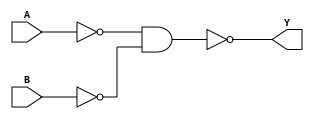
module OR(Y,A,B);
	input A,B;
	output Y;
	wire x,z;
	nand (x,A,A);
	nand (z,B,B);
	nand (Y,x,z);
endmodule

module HALF_ADDER(COUT,SUM,IN0,IN1);
	input IN0,IN1;
	output COUT,SUM;
	wire t1,t2,t3;
	nand(t1,IN0,IN1);
	nand(t2,t1,IN0);
	nand(t3,t1,IN1);
	nand(SUM,t2,t3);
	nand(COUT,t1,t1);
endmodule 

module FULL_ADDER(COUT,SUM,IN0,IN1,CIN);
	input IN0,IN1,CIN;
	output COUT,SUM;
	wire wc1,wc2,wsum;
	HALF_ADDER Half_Adder_1(wc,wsum,IN0,IN1);
	HALF_ADDER Half_Adder_2(wc2,SUM,wsum,CIN);
	OR or_1(COUT,wc,wc2);
endmodule

module ADDER_16(COUT,SUM,IN0,IN1,CIN);
	input CIN;	
	input[15:0] IN0,IN1;
	output COUT;
	output [15:0] SUM;
	wire[14:0] carry;
	FULL_ADDER Full_Adder_1(carry[0],SUM[0],IN0[0],IN1[0],CIN);
	FULL_ADDER Full_Adder_2(carry[1],SUM[1],IN0[1],IN1[1],carry[0]);
	FULL_ADDER Full_Adder_3(carry[2],SUM[2],IN0[2],IN1[2],carry[1]);
	FULL_ADDER Full_Adder_4(carry[3],SUM[3],IN0[3],IN1[3],carry[2]);
	FULL_ADDER Full_Adder_5(carry[4],SUM[4],IN0[4],IN1[4],carry[3]);
	FULL_ADDER Full_Adder_6(carry[5],SUM[5],IN0[5],IN1[5],carry[4]);
	FULL_ADDER Full_Adder_7(carry[6],SUM[6],IN0[6],IN1[6],carry[5]);
	FULL_ADDER Full_Adder_8(carry[7],SUM[7],IN0[7],IN1[7],carry[6]);
	FULL_ADDER Full_Adder_9(carry[8],SUM[8],IN0[8],IN1[8],carry[7]);
	FULL_ADDER Full_Adder_10(carry[9],SUM[9],IN0[9],IN1[9],carry[8]);
	FULL_ADDER Full_Adder_11(carry[10],SUM[10],IN0[10],IN1[10],carry[9]);
	FULL_ADDER Full_Adder_12(carry[11],SUM[11],IN0[11],IN1[11],carry[10]);
	FULL_ADDER Full_Adder_13(carry[12],SUM[12],IN0[12],IN1[12],carry[11]);
	FULL_ADDER Full_Adder_14(carry[13],SUM[13],IN0[13],IN1[13],carry[12]);
	FULL_ADDER Full_Adder_15(carry[14],SUM[14],IN0[14],IN1[14],carry[13]);
	FULL_ADDER Full_Adder_16(COUT,SUM[15],IN0[15],IN1[15],carry[14]);
endmodule 


module TESTBENCH_ADDER_16;
	wire [15:0]Y;
	wire carry;
	reg [15:0] s0,s1;
    reg cin;
	ADDER_16 adder_16_1(carry,Y,s0,s1,cin);	
	integer i,j;
    initial
		begin
        #10 i=10;j=20;s0=i;s1=j;cin=1'b0;
        #10 i=100;j=50;s0=i;s1=j;cin=1'b0;
        #10 i=101;j=20000;s0=i;s1=j;cin=1'b1;
        #100$finish;
		end
endmodule